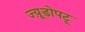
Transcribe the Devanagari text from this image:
ज्य़ूडोपटू